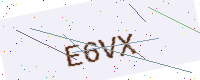
Text: E6VX